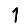
Digit: 1